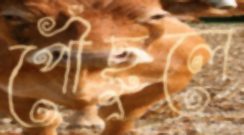
পৌঁছুলে